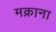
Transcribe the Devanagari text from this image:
मक्राना